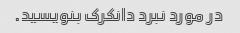
در مورد نبرد دانکرک بنویسید.